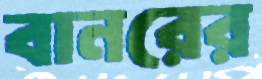
বানরের